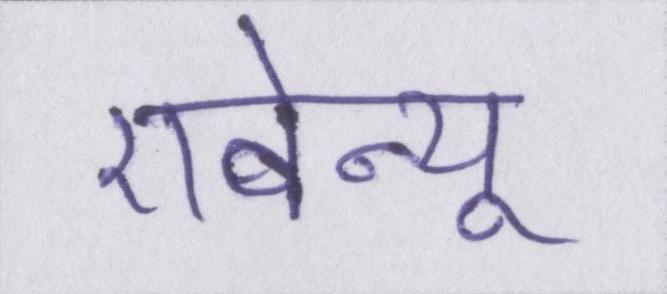
एवेन्यू